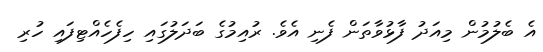
އެ ބެލުމުން މިއަދު ފާޅުވާތަން ފެނި އެވެ. ރުއިމުގެ ބަދަލުގައި ހިފެހެއްޓިފައި ހުރި